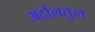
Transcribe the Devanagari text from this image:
अद्दौलतुल